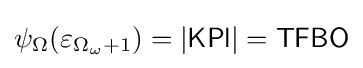
\psi _{\Omega }(\varepsilon _{\Omega _{\omega }+1})=|{\mathsf {KPl}}|={\mathsf {TFBO}}